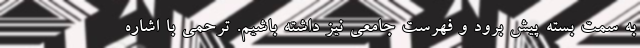
به سمت بسته پیش برود و فهرست جامعی نیز داشته باشیم. ترحمی با اشاره